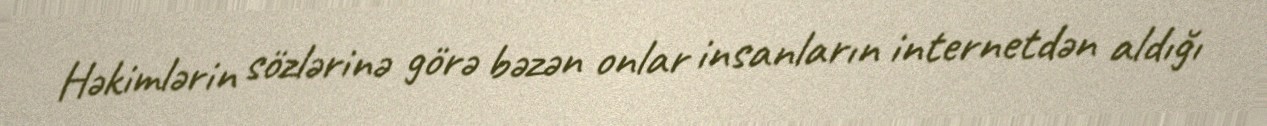
Həkimlərin sözlərinə görə bəzən onlar insanların internetdən aldığı